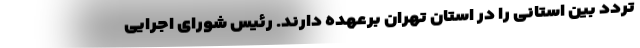
تردد بین استانی را در استان تهران برعهده دارند. رئیس شورای اجرایی